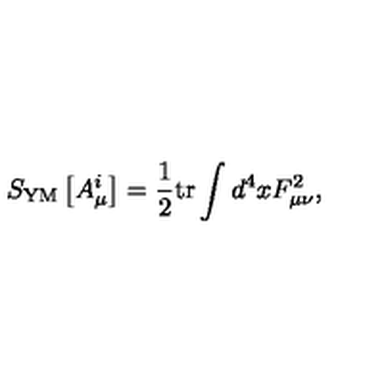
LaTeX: S _ { \mathrm { Y M } } \left[ A _ { \mu } ^ { i } \right] = \frac 1 2 \mathrm { t r } \int d ^ { 4 } x F _ { \mu \nu } ^ { 2 } ,